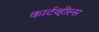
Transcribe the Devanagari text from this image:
कार्टव्हील्स